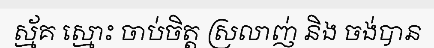
ស្ម័គ ស្មោះ ចាប់ចិត្ត ស្រលាញ់ និង ចង់បាន